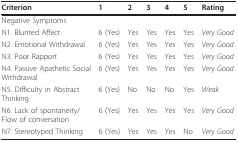
| Criterion | 1 | 2 | 3 | 4 | 5 | Rating |
 | --- | --- | --- | --- | --- | --- | --- |
 | Negative Symptoms |  |  |  |  |  |  |
 | N1. Blunted Affect | 6 (Yes) | Yes | Yes | Yes | Yes | Very Good |
 | N2. Emotional Withdrawal | 6 (Yes) | Yes | Yes | Yes | Yes | Very Good |
 | N3. Poor Rapport | 6 (Yes) | Yes | Yes | Yes | Yes | Very Good |
 | N4. Passive Apathetic SocialWithdrawal | 6 (Yes) | Yes | Yes | Yes | Yes | Very Good |
 | N5. Difficulty in AbstractThinking | 6 (Yes) | No | No | No | Yes | Weak |
 | N6. Lack of spontaneity/Flow of conversation | 6 (Yes) | Yes | Yes | Yes | Yes | Very Good |
 | N7. Stereotyped Thinking | 6 (Yes) | Yes | Yes | Yes | No | Very Good |